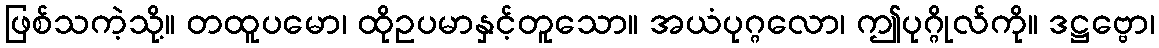
ဖြစ်သကဲ့သို့။ တထူပမော၊ ထိုဥပမာနှင့်တူသော။ အယံပုဂ္ဂလော၊ ဤပုဂ္ဂိုလ်ကို။ ဒဋ္ဌဗ္ဗော၊